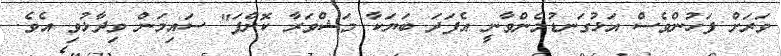
ވަރަށް ފަހުންވެސް އަޅުގަނޑުމެންވާނީ އެފަދަ ބަޔަކާ މަޝްވަރާ ކޮށްފަ" ސައިމަން ވިދާޅުވި އެވެ.